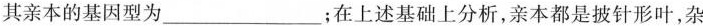
其亲本的基因型为___；在上述基础上分析，亲本都是披针形叶，杂